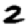
Digit: 2